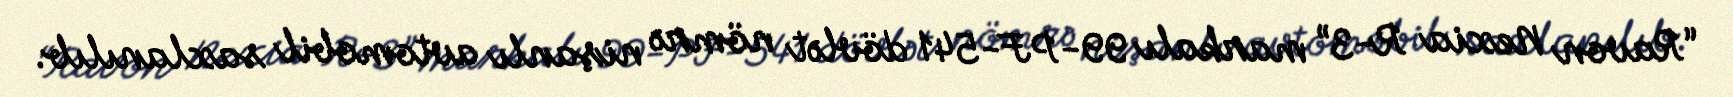
“Ravon Nexia R-3” markalı 99-PF-541 dövlət nömrə nişanlı avtomobil saxlanılıb.